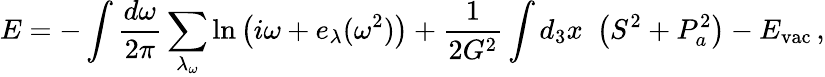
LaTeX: E=-\int\frac{d\omega}{2\pi}\sum_{\lambda_{\omega}}\ln\left(i\omega+e_{\lambda}(\omega^{2})\right)+\frac{1}{2G^{2}}\int d_{3}x\, \, \left(S^{2}+P_{a}^{2}\right)-E_{\mathrm{vac}}\, ,